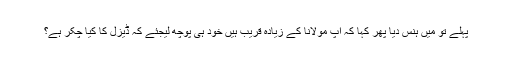
پہلے تو میں ہنس دیا پھر کہا کہ آپ مولانا کے زیادہ قریب ہیں خود ہی پوچھ لیجئے کہ ڈیزل کا کیا چکر ہے؟